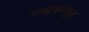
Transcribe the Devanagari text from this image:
रत्नाकरसुत